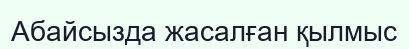
Абайсызда жасалған қылмыс